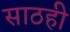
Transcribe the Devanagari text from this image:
साठही